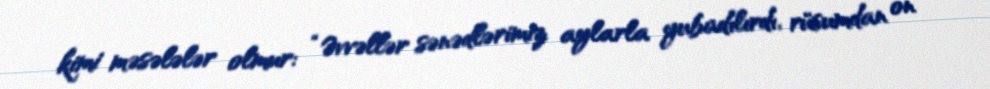
kimi məsələlər olmur: “Əvvəllər sənədlərimiz aylarla yubadılırdı, rüsumdan on